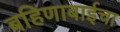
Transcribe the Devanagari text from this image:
बहिणाबाईचा